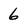
Character: 6